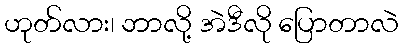
ဟုတ်လား၊ ဘာလို့ အဲဒီလို ပြောတာလဲ